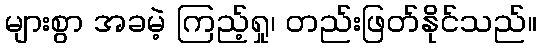
များစွာ အခမဲ့ ကြည့်ရှု၊ တည်းဖြတ်နိုင်သည်။